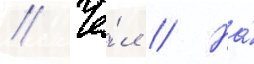
// Че́л // На́